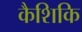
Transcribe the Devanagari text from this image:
कैशिकि